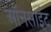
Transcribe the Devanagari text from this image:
ऑनसाईट